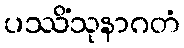
ပဿိံသုနာဂတံ